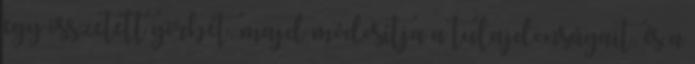
egy összetett görbét, majd módosítja a tulajdonságait, és a